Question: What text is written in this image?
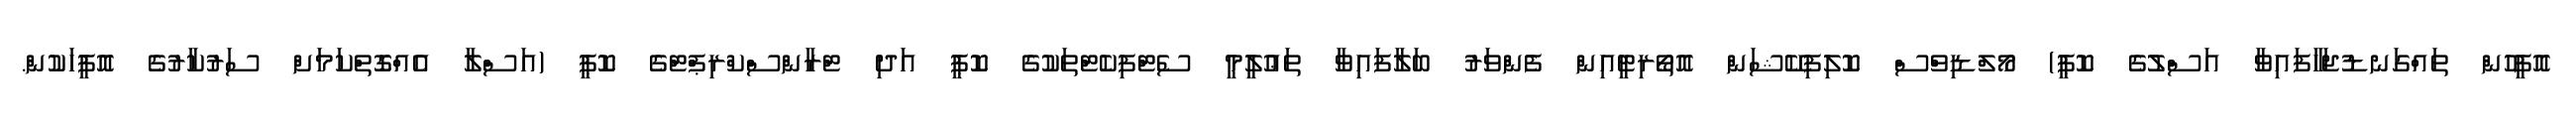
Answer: އޮފީހުން ތައްގަނޑުޖަހާފައިވާ އަސްލުގެ ކޮޕީ) މޯލްޑިވްސް ކޮލިފިކޭޝަން އޮތޯރިޓީއިން ފެންވަރު ބަލާފައިވާ ތަޢުލީމީ ސެޓްފިކެޓްތަކުގެ ކޮޕީ އަދި ޓްރާންސްކްރިޕްޓްގެ ކޮޕީ (އަސްލާ އެއްގޮތްކަމަށް ސަރުކާރުގެ އޮފީހަކުން.